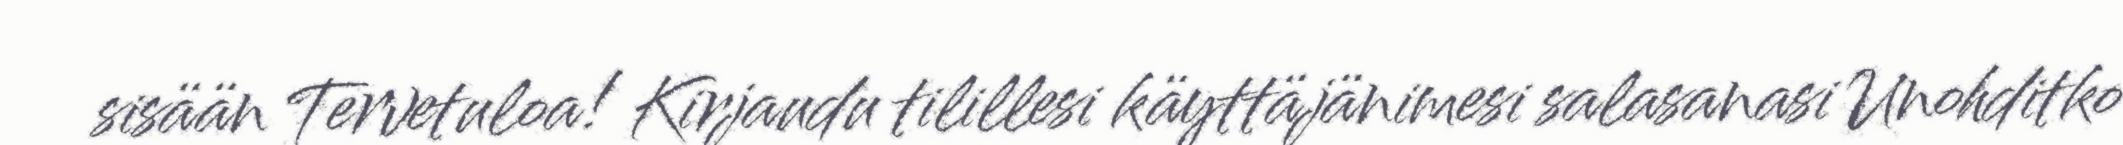
sisään Tervetuloa! Kirjaudu tilillesi käyttäjänimesi salasanasi Unohditko